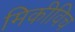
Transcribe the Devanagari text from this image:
मिकीविच